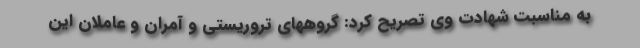
به مناسبت شهادت وی تصریح کرد: گروههای تروریستی و آمران و عاملان این